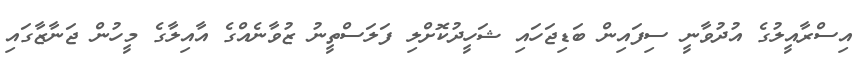
އިސްރާއީލުގެ އުދުވާނީ ސިފައިން ބަޑިޖަހައި ޝަހީދުކޮށްލި ފަލަސްތީނު ޒުވާނެއްގެ އާއިލާގެ މީހުން ޖަނާޒާގައި